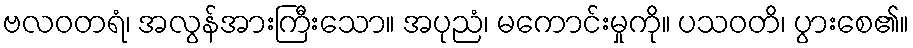
ဗလဝတရံ၊ အလွန်အားကြီးသော။ အပုညံ၊ မကောင်းမှုကို။ ပသဝတိ၊ ပွားစေ၏။